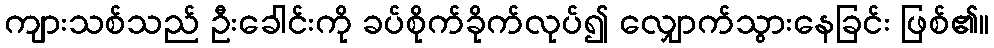
ကျားသစ်သည် ဦးခေါင်းကို ခပ်စိုက်ခိုက်လုပ်၍ လျှောက်သွားနေခြင်း ဖြစ်၏။